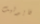
فايوليت